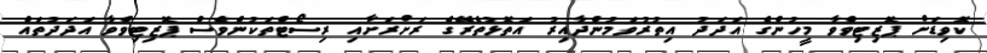
ކޮވިޑަށް ޕޮޒިޓިވްވާ މީހުންގެ އަދަދު އިތުރުވަމުންދާއިރު އަތޮޅުތެރޭގެ ރަށްރަށާއި ރިސޯޓްތަކުންވެސް ޕޮޒިޓިވްވާ އަދަދުތައް